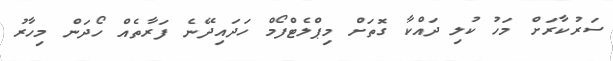
ސަރުކާރަށް މަހު ކުލި ދައްކާ ގޮތަށް މިޕްލެޓްފޯމް ހަދައިދޭނެ ފަރާތެއް ހޯދަން މިހާރު